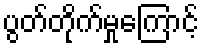
ပွတ်တိုက်မှုကြောင့်